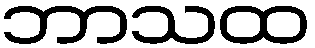
ဘာသထ